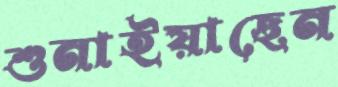
শুনাইয়াছেন